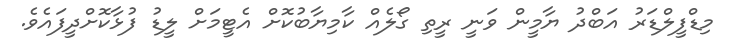
މިޑްފީލްޑަރު އަބްދު ޔާމީން ވަނީ ރީތި ގޯލެއް ކާމިޔާބުކޮށް އެޓީމަށް ލީޑު ފުޅާކޮށްދީފައެވެ.